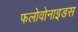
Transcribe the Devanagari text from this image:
फलोवोनाइडस